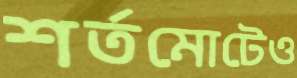
শর্তমোটেও